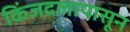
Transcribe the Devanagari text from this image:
किंजदलापासून